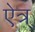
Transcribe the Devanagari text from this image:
ऐत्र